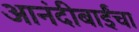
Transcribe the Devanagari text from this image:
आनंदीबाईंचा